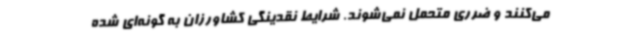
می‌کنند و ضرری متحمل نمی‌شوند. شرایط نقدینگی کشاورزان به گونه‌ای شده